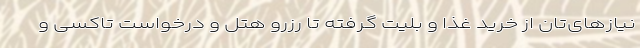
نیازهای‌تان از خرید غذا و بلیت گرفته تا رزرو هتل و درخواست تاکسی و